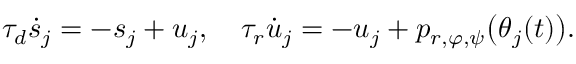
\tau _ { d } \dot { s } _ { j } = - s _ { j } + u _ { j } , \quad \tau _ { r } \dot { u } _ { j } = - u _ { j } + p _ { r , \varphi , \psi } \big ( \theta _ { j } ( t ) \big ) .